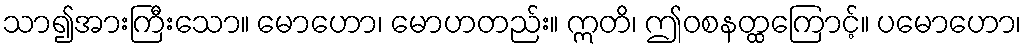
သာ၍အားကြီးသော။ မောဟော၊ မောဟတည်း။ ဣတိ၊ ဤဝစနတ္ထကြောင့်။ ပမောဟော၊